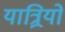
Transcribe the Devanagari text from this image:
यात्र्रियों